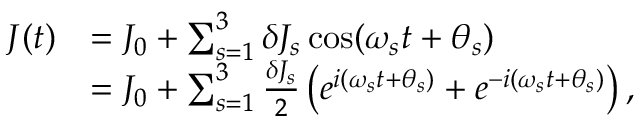
\begin{array} { r l } { J ( t ) } & { = J _ { 0 } + \sum _ { s = 1 } ^ { 3 } \delta J _ { s } \cos ( \omega _ { s } t + \theta _ { s } ) } \\ & { = J _ { 0 } + \sum _ { s = 1 } ^ { 3 } \frac { \delta J _ { s } } { 2 } \left( e ^ { i ( \omega _ { s } t + \theta _ { s } ) } + e ^ { - i ( \omega _ { s } t + \theta _ { s } ) } \right) , } \end{array}